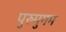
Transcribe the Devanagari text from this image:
पुरुमुगम